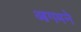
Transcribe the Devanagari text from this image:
आगमने